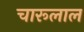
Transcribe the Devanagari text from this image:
चारूलाल